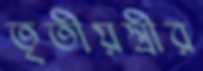
তৃতীয়স্ত্রীর